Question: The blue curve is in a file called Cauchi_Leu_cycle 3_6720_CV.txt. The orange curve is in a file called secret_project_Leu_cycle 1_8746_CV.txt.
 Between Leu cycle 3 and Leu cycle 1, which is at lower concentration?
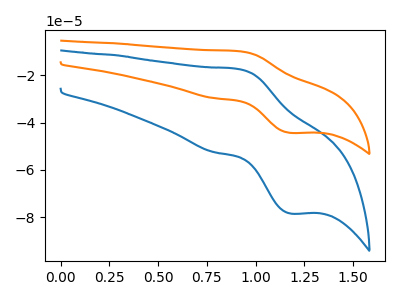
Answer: <think>The blue curve "Leu cycle 3" has an anodic peak at (0.90V, -17.40uA) and a cathodic peak at (1.20V, -78.40uA). The orange curve "Leu cycle 1" has an anodic peak at (0.90V, -9.85uA) and a cathodic peak at (1.20V, -44.35uA).
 All the peaks in "Leu cycle 3" have a peak in "Leu cycle 1" at the same potential.</think>
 <answer>I cant tell if "Leu cycle 3" or "Leu cycle 1" has higher concentration.</answer>
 <eval>mixed_concentration</eval>